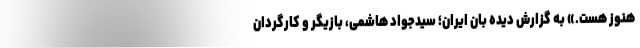
هنوز هست.» به گزارش دیده بان ایران؛ سیدجواد هاشمی، بازیگر و کارگردان